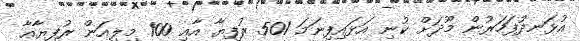
އުޅަނދުފަހަރުން މޫދަށް ކުނި އަޅައިފިނަމަ 501 ރުފިޔާ އާއި 100 މިލިއަން ރުފިޔާއާ